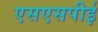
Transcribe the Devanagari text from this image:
एसएसपीई